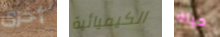
أخرى الكيميائية حياة